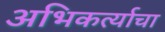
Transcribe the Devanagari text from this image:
अभिकर्त्याचा